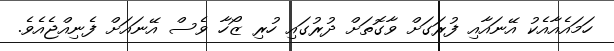
ހަމައެއާއެކު އޭނައާއި ފުރަގަށް ވާގޮތަށް ދުރުގައި ހުރި ޒޯހާ ވެސް އޭނައަށް ފެނިއްޖެއެވެ.